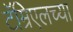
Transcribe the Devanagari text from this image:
टॅम्रिएलच्या